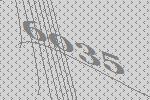
6035